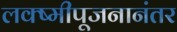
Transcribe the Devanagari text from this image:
लक्ष्मीपूजनानंतर